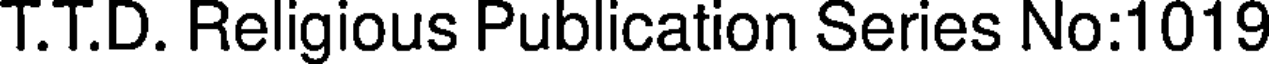
T.T.D. Religious Publication Series No:1019